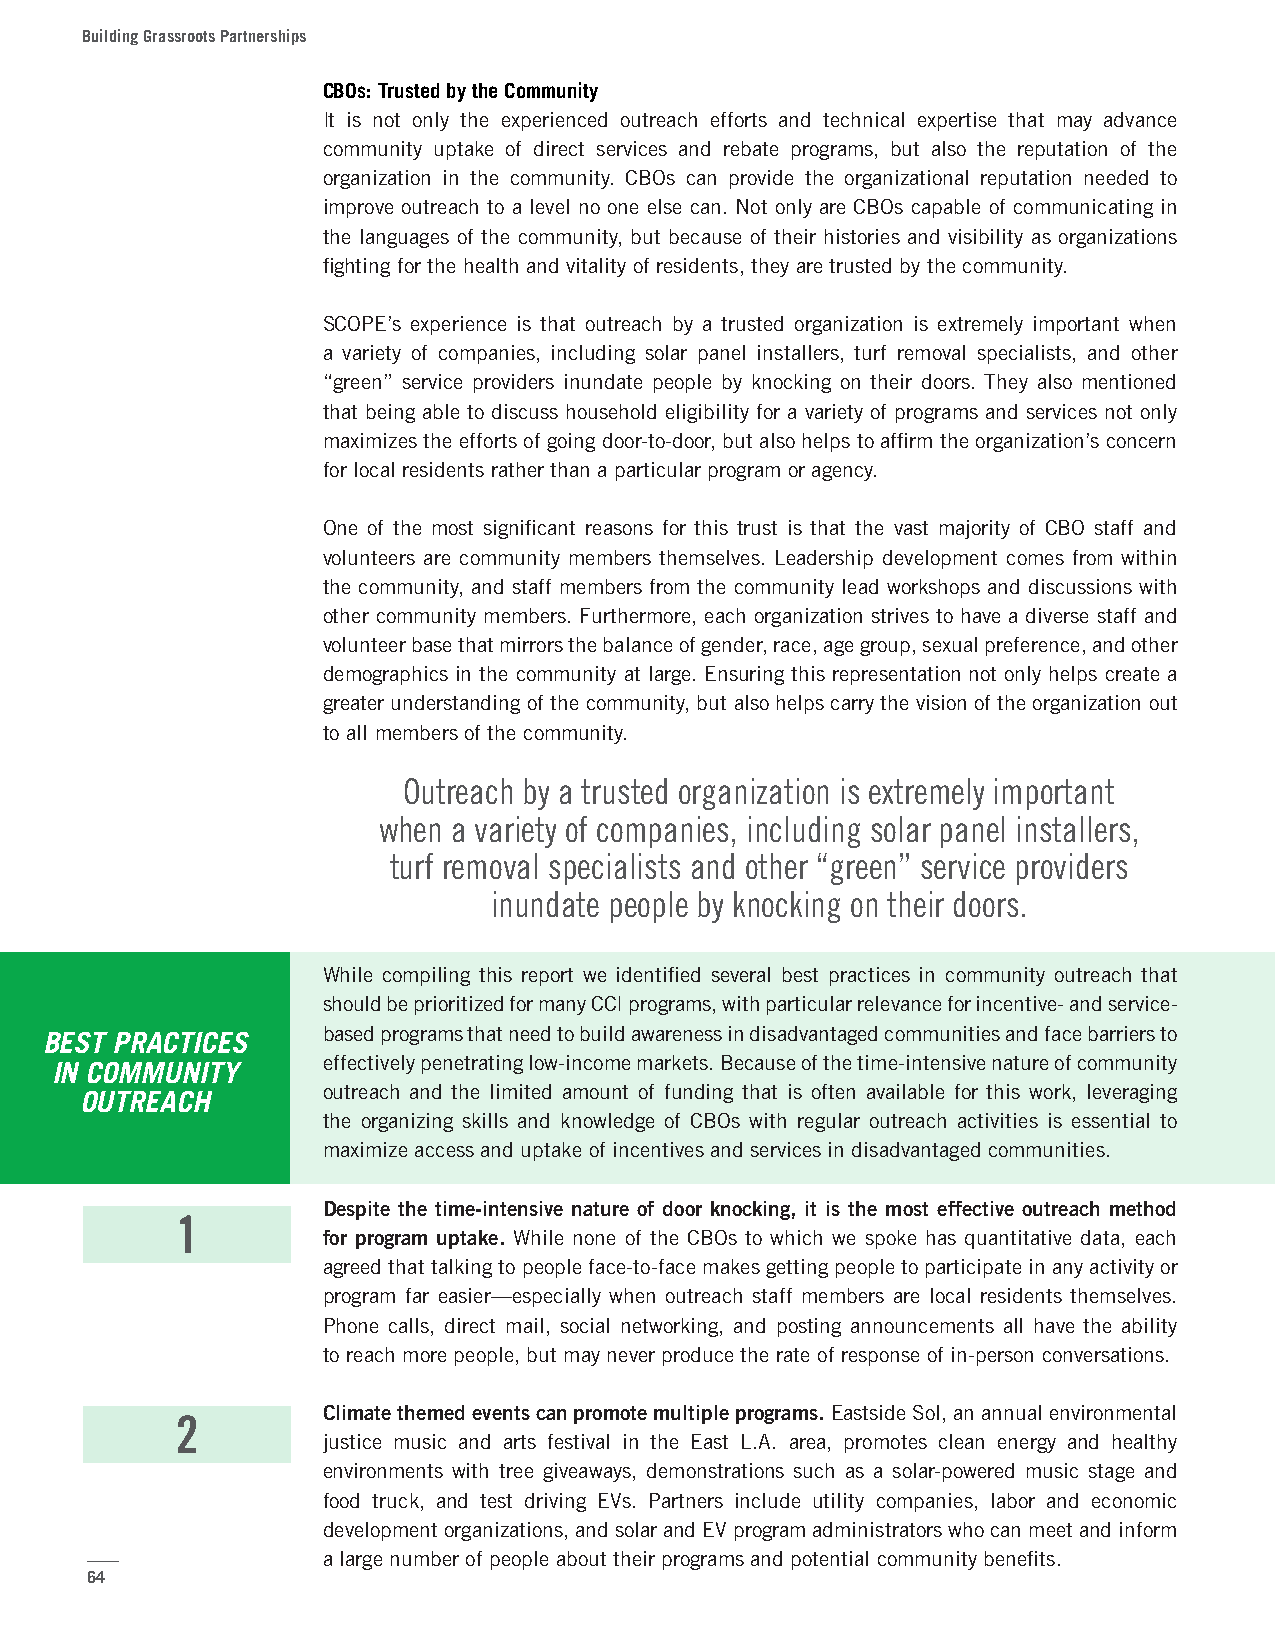
Building Grassroots Partnerships
 CBOs: Trusted by the Community
 It is not only the experienced outreach efforts and technical expertise that may advance
 community uptake of direct services and rebate programs, but also the reputation of the
 organization in the community. CBOs can provide the organizational reputation needed to
 improve outreach to a level no one else can. Not only are CBOs capable of communicating in
 the languages of the community, but because of their histories and visibility as organizations
 fighting for the health and vitality of residents, they are trusted by the community.
 SCOPE’s experience is that outreach by a trusted organization is extremely important when
 a variety of companies, including solar panel installers, turf removal specialists, and other
 “green” service providers inundate people by knocking on their doors. They also mentioned
 that being able to discuss household eligibility for a variety of programs and services not only
 maximizes the efforts of going door-to-door, but also helps to affirm the organization’s concern
 for local residents rather than a particular program or agency.
 One of the most significant reasons for this trust is that the vast majority of CBO staff and
 volunteers are community members themselves. Leadership development comes from within
 the community, and staff members from the community lead workshops and discussions with
 other community members. Furthermore, each organization strives to have a diverse staff and
 volunteer base that mirrors the balance of gender, race, age group, sexual preference, and other
 demographics in the community at large. Ensuring this representation not only helps create a
 greater understanding of the community, but also helps carry the vision of the organization out
 to all members of the community.
 Outreach by a trusted organization is extremely important
 when a variety of companies, including solar panel installers,
 turf removal specialists and other “green” service providers
 inundate people by knocking on their doors.
 While compiling this report we identified several best practices in community outreach that
 should be prioritized for many CCI programs, with particular relevance for incentive- and service-
 based programs that need to build awareness in disadvantaged communities and face barriers to
 BEST PRACTICES
 effectively penetrating low-income markets. Because of the time-intensive nature of community
 IN COMMUNITY
 outreach and the limited amount of funding that is often available for this work, leveraging
 OUTREACH
 the organizing skills and knowledge of CBOs with regular outreach activities is essential to
 maximize access and uptake of incentives and services in disadvantaged communities.
 Despite the time-intensive nature of door knocking, it is the most effective outreach method
 1
 for program uptake. While none of the CBOs to which we spoke has quantitative data, each
 agreed that talking to people face-to-face makes getting people to participate in any activity or
 program far easier—especially when outreach staff members are local residents themselves.
 Phone calls, direct mail, social networking, and posting announcements all have the ability
 to reach more people, but may never produce the rate of response of in-person conversations.
 Climate themed events can promote multiple programs. Eastside Sol, an annual environmental
 2
 justice music and arts festival in the East L.A. area, promotes clean energy and healthy
 environments with tree giveaways, demonstrations such as a solar-powered music stage and
 food truck, and test driving EVs. Partners include utility companies, labor and economic
 development organizations, and solar and EV program administrators who can meet and inform
 a large number of people about their programs and potential community benefits.
 64